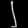
Digit: ၂